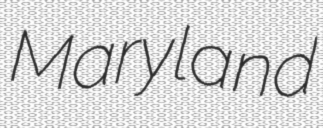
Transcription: Maryland